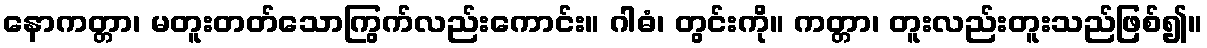
နောကတ္တာ၊ မတူးတတ်သောကြွက်လည်းကောင်း။ ဂါဓံ၊ တွင်းကို။ ကတ္တာ၊ တူးလည်းတူးသည်ဖြစ်၍။